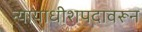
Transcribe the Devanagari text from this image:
न्यायाधीशपदावरून